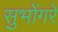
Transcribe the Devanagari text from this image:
सुभोंगरे